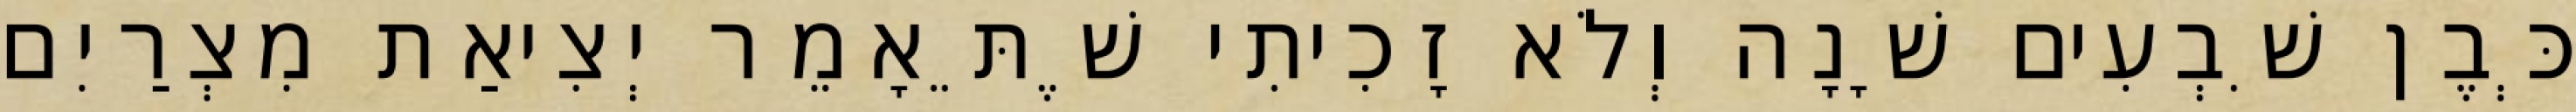
כְּבֶן שִׁבְעִים שָׁנָה וְלֹא זָכִיתִי שֶׁתֵּאָמֵר יְצִיאַת מִצְרַיִם